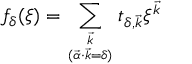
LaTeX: f _ { \delta } ( \xi ) = \sum _ { { \vec { k } } \atop { ( \vec { \alpha } \cdot \vec { k } = \delta ) } } t _ { \delta , \vec { k } } \xi ^ { \vec { k } }